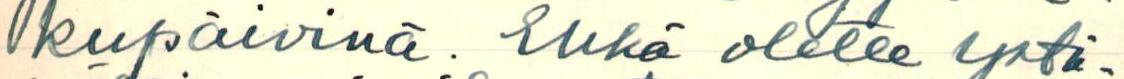
kupäivinä. Ehkä olette ystä-